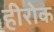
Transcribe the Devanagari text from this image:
हीरोक